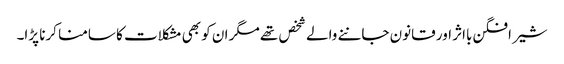
شیر افگن بااثر اور قانون جاننے والے شخص تھے مگر ان کو بھی مشکلات کا سامنا کرنا پڑا۔